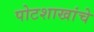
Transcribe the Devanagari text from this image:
पोटशाखांचे